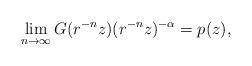
LaTeX: \begin{align*} \lim_{n \to \infty} G(r^{-n} z) (r^{-n} z)^{-\alpha} = p(z),\end{align*}